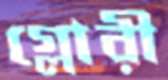
গ্লোরী